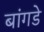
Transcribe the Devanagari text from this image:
बांगडे